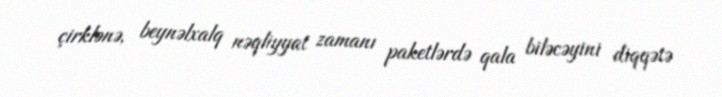
çirklənə, beynəlxalq nəqliyyat zamanı paketlərdə qala biləcəyini diqqətə